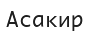
Асакир